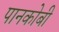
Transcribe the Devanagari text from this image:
पानकोबी